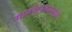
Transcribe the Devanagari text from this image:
मानकरकाकांचे